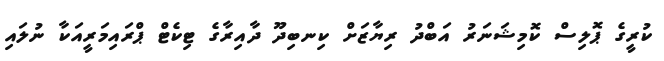
ކުރީގެ ޕޮލިސް ކޮމިޝަނަރު އަބްދު ރިޔާޒަށް ކިނބިދޫ ދާއިރާގެ ޓިކެޓް ޕްރައިމަރީއަކާ ނުލައި